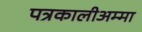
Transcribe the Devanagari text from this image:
पत्रकालीअम्मा